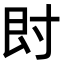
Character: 𡬠